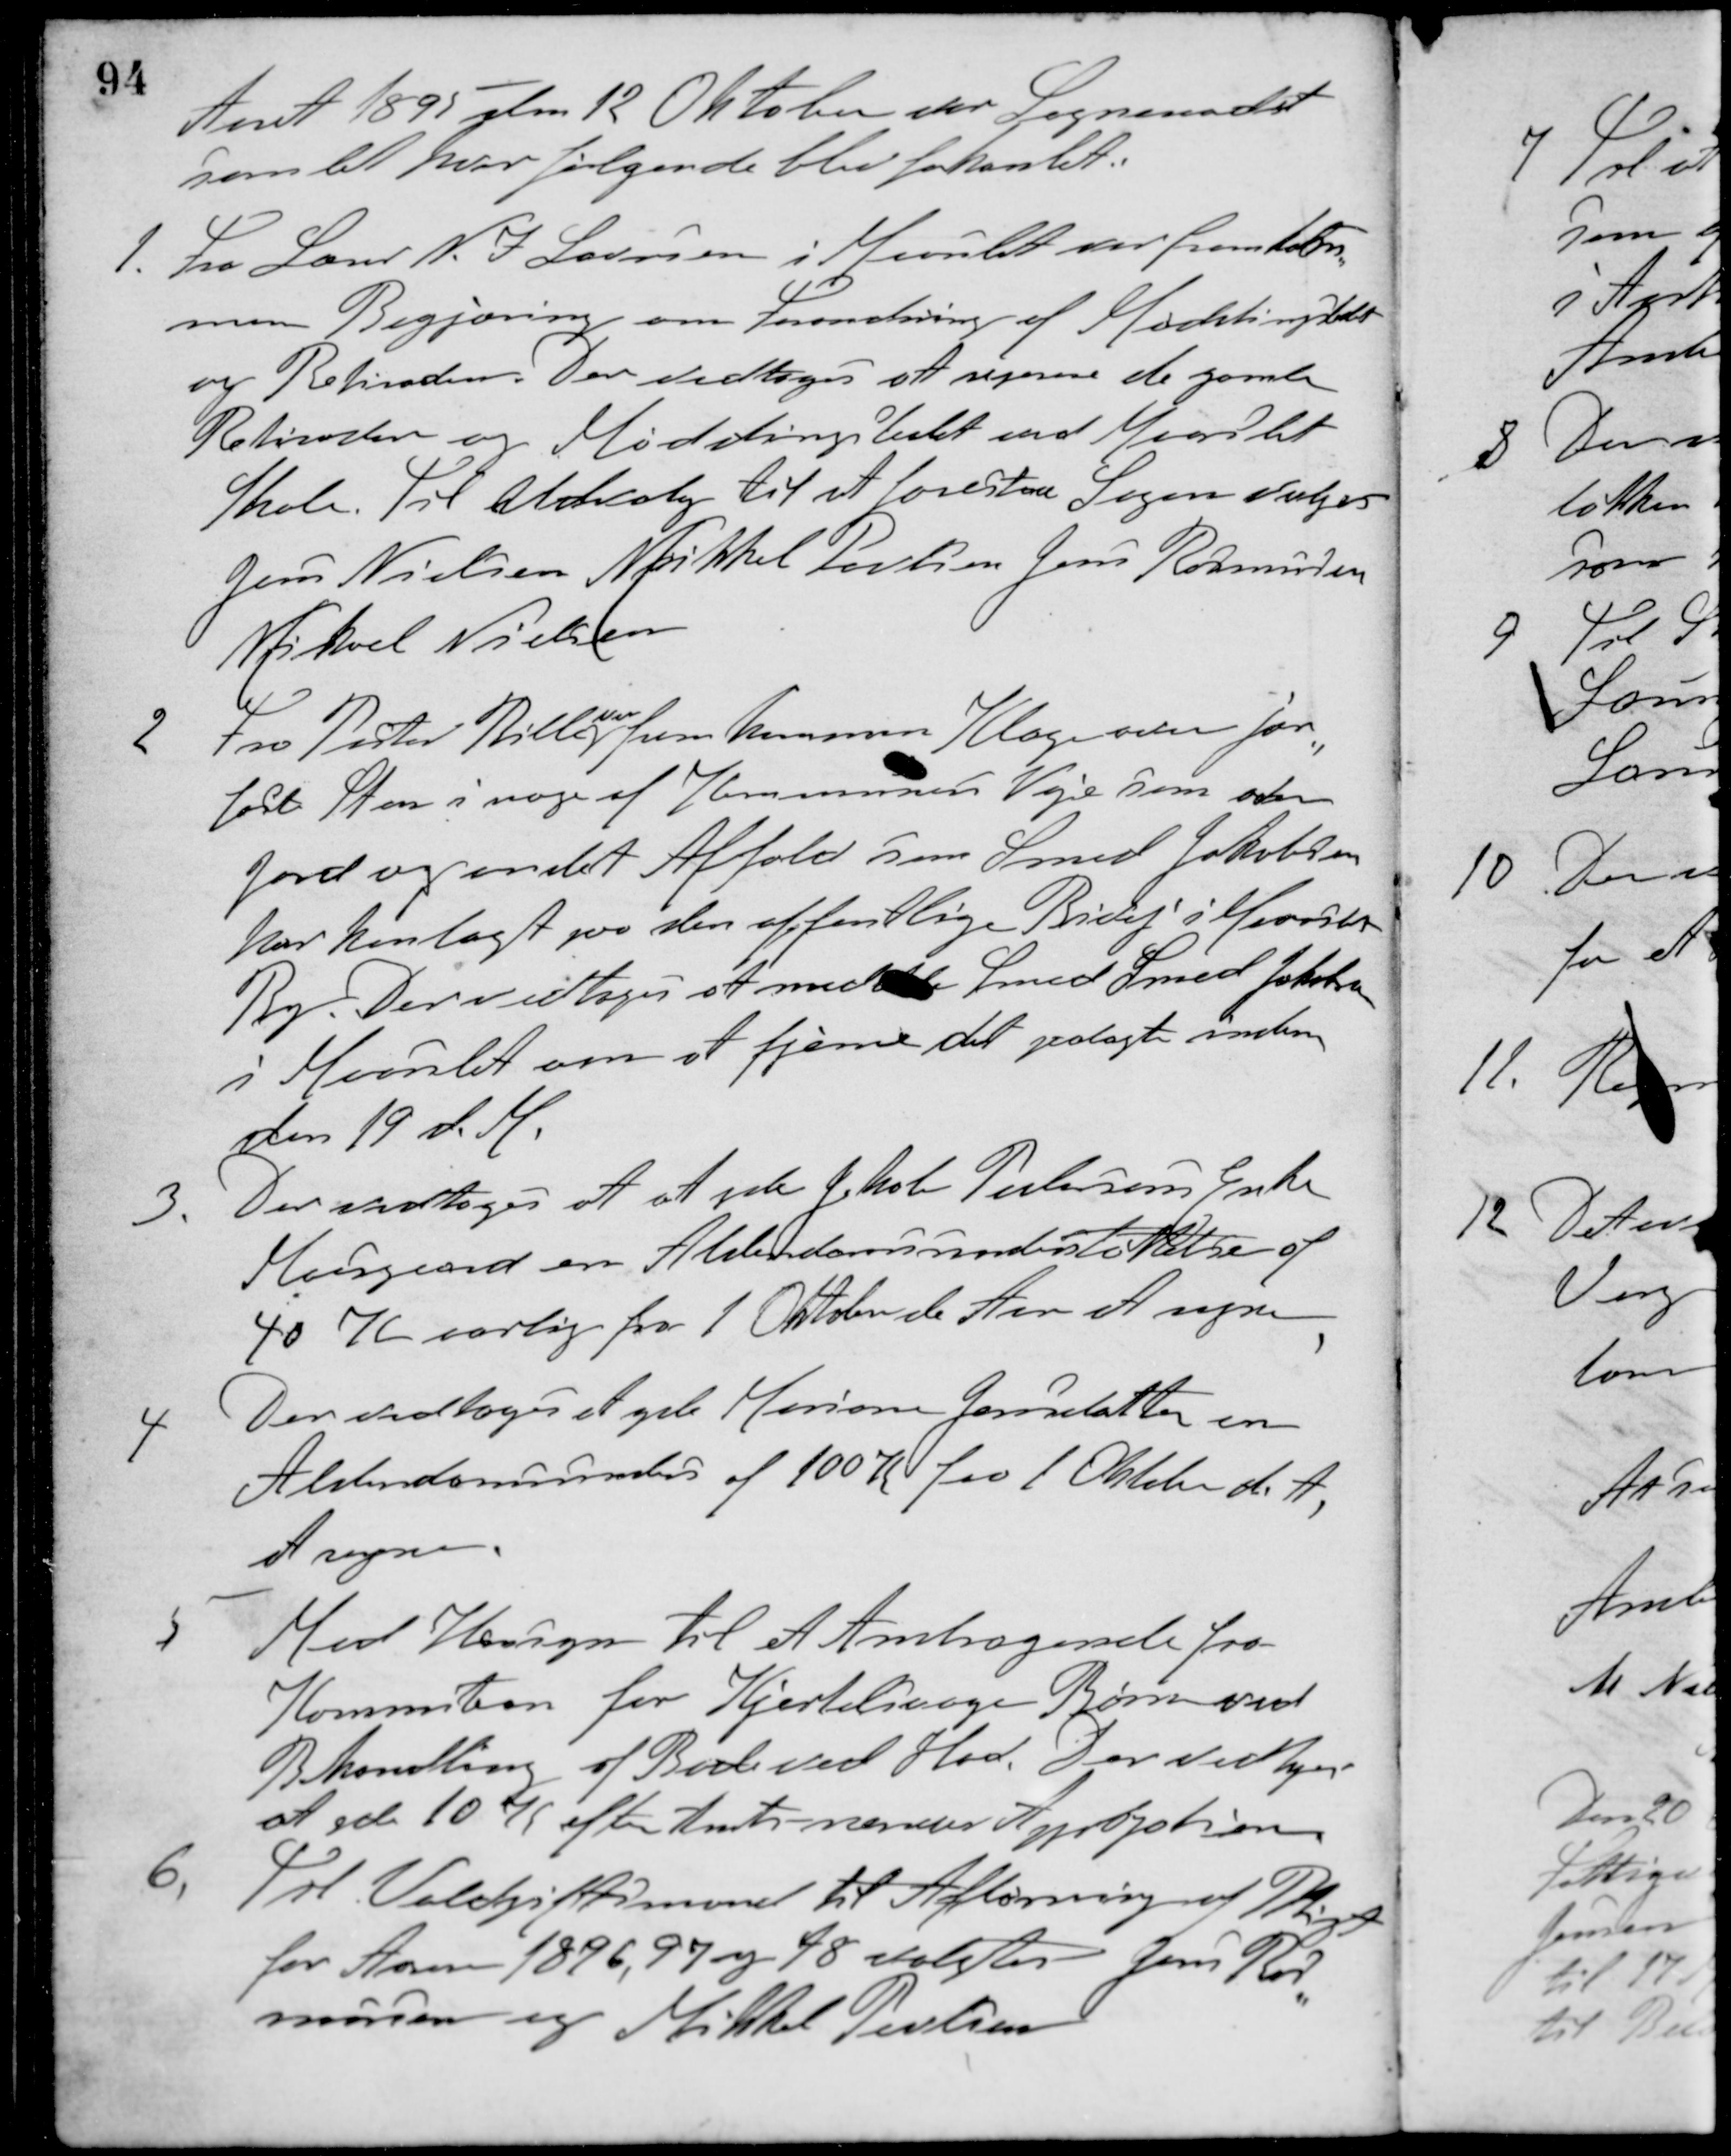
Transskription:
Aaret 1895 den 12 Oktober var Sogneraadet
samlet, hvor følgende blev forhandlet.
1. Fra Lærer N. I. Laursen i Maarslet var fremkom-
men Begjæring om Forandring af Møddingstedet
og Retiraden. Der vedtoges at reparere de gamle
Retirader og Møddingstedet ved Maarslet
Skole. Til Udvalg til at forestaa Sagen valgtes
Jens Nielsen Mikkel Poulsen Jens Rasmussen
Mikael Nielsen
2. Fra Pastor Bille
var
fremkommen Klage over jern-
fast Sten i noge af Kommunens Veje som oden
Jord og andet Affald som Smed Jakobsen
har henlagt paa den offentlige Bivej i Maarslet
By. Der vedtoges at meddele Smed Smed Jakobsen
i Maarslet om at fjerne det paalagte inden
den 19 d. M.
3. Der vedtoges at at yde Jakob Pedersens Enke
Moesgaard en Alderdomsunderstøttelse af
40 K aarlig fra 1 Oktober d. Aar at regne.
4. Der vedtoges at yde Mariane Jensdatter en
Alderdomsunders af 100 Kr. fra 1 Oktober d. A.
at regne.
5. Med Hensyn til et Andragende fra
Kommiteen for Hjertesvage Børn ved
Behandling af Bade ved Hav. Der vedtoges
at yde 10 K efter Amtets nærmere Approbaiton.
6. Til Voldgiftsmænd til Afløsning af Pligt
for Aarene 1896, 97 og 98 valgtes Jens Ras-
mussen og Mikkel Poulsen.